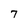
Character: 7